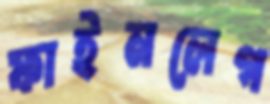
ফাইনলেগ